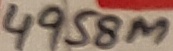
Text: 4958M